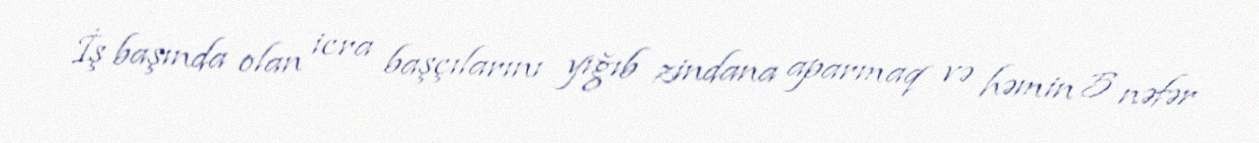
İş başında olan icra başçılarını yığıb zindana aparmaq və həmin 5 nəfər